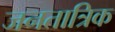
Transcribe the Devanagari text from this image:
जनतात्रिक